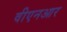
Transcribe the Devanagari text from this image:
वीएनआर